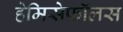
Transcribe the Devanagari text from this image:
हेमिसेफॉलस